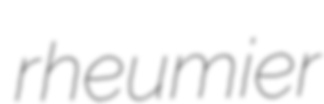
rheumier